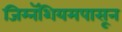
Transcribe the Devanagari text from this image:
जिम्नॅशियमपासून